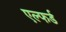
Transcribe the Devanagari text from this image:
एल्फर्ड